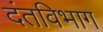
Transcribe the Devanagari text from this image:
दंतविभाग